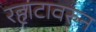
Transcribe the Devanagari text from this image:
रहाटावरुन